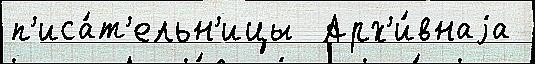
п'иса́т'ельн'ицы  Арх'и́внаjа